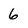
Character: 6